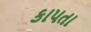
કાપતા